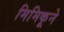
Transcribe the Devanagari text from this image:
मिमिकूने